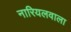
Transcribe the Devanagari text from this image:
नारियलवाला